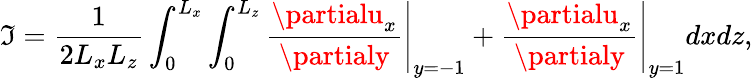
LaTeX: \mathfrak{I}=\frac{{1}}{{2L_{x}L_{z}}}\int_{0}^{L_{x}}\int_{0}^{L_{z}}\left.\frac{{\partialu_{x}}}{{\partialy}}\right|_{y=-1}+\left.\frac{{\partialu_{x}}}{{\partialy}}\right|_{y=1}dxdz,